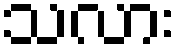
သလား